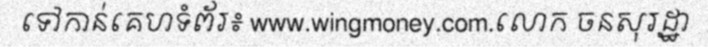
ទៅកាន់គេហទំព័រ៖ www.wingmoney.com.លោក ចនសុរដ្ឋា